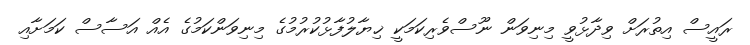
ރައީސް އިތުރަށް ވިދާޅުވީ މިނިވަން ނޫސްވެރިކަމަކީ ޚިޔާލުފާޅުކުރުމުގެ މިނިވަންކަމުގެ އެއް އަސާސް ކަމަށާއި